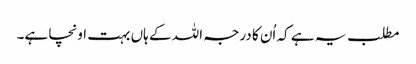
مطلب یہ ہے کہ اُن کا درجہ اللہ کے ہاں بہت اونچا ہے۔